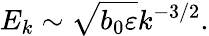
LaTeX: E_{k}\sim\sqrt{b_{0}\varepsilon}k^{-3/2}.